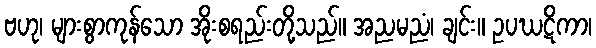
ဗဟု၊ များစွာကုန်သော အိုးစရည်းတို့သည်။ အညမညံ၊ ချင်း။ ဥပဃဋိကာ၊